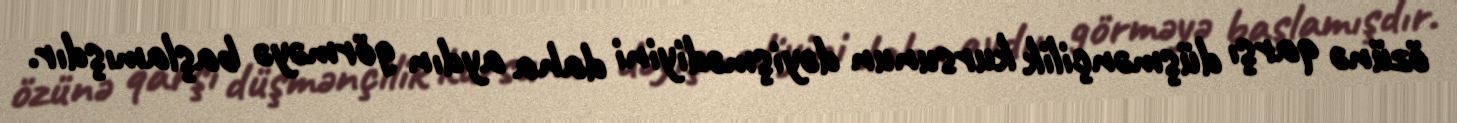
özünə qarşı düşmənçilik kursunun dəyişmədiyini daha aydın görməyə başlamışdır.